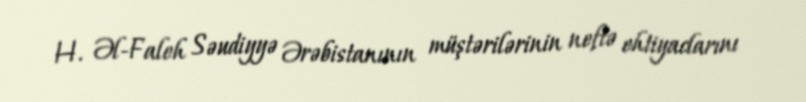
H. Əl-Faleh Səudiyyə Ərəbistanının müştərilərinin neftə ehtiyaclarını